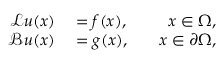
\begin{array} { r l r } { \mathcal { L } \boldsymbol { u } ( \boldsymbol { x } ) } & { { } = \boldsymbol { f } ( \boldsymbol { x } ) , } & { \quad \boldsymbol { x } \in \Omega , } \\ { \mathcal { B } \boldsymbol { u } ( \boldsymbol { x } ) } & { { } = \boldsymbol { g } ( \boldsymbol { x } ) , } & { \quad \boldsymbol { x } \in \partial \Omega , } \end{array}